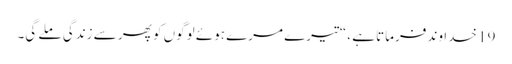
19 خدا وند فرماتا ہے ،“تیرے مرے ہوئے لوگوں کو پھر سے زندگی ملے گی۔